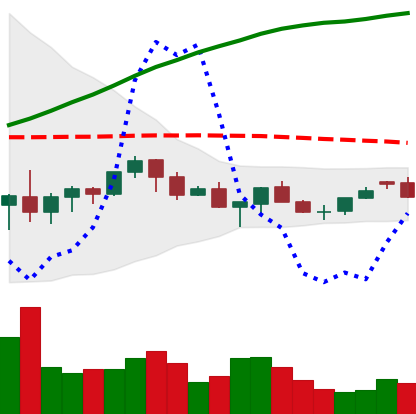
Ticker: XMR-USD
Chart end date: 2021-06-16
Forward return: -22.446%
Label: down_7plus